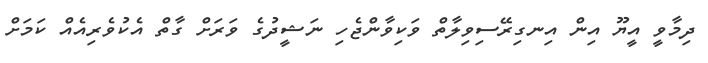
ދިމާވީ އީޔޫ އިން އިނގިރޭސިވިލާތް ވަކިވާންޖެހި ނަޝީދުގެ ވަރަށް ގާތް އެކުވެރިއެއް ކަމަށް